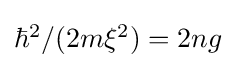
{\textstyle \hbar ^{2}/(2m\xi ^{2})=2ng}